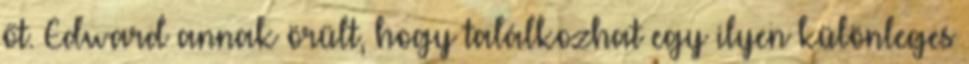
őt. Edward annak örült, hogy találkozhat egy ilyen különleges